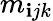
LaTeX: m_{\mathbf{i}jk}